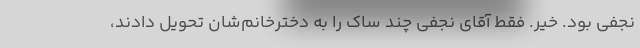
نجفی بود. خیر. فقط آقای نجفی چند ساک را به دخترخانم‌شان تحویل دادند،